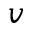
v